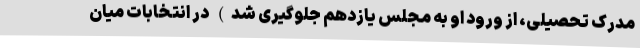
مدرک تحصیلی، از ورود او به مجلس یازدهم جلوگیری شد) در انتخابات میان